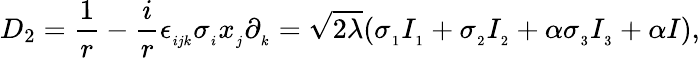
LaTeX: D_{2}=\frac{1}{r}-\frac{i}{r}\epsilon_{_{ijk}}\sigma_{_{i}}x_{_{j}}\partial_{_{k}}=\sqrt{2\lambda}(\sigma_{_{1}}I_{_{1}}+\sigma_{_{2}}I_{_{2}}+\alpha\sigma_{_{3}}I_{_{3}}+\alpha I),